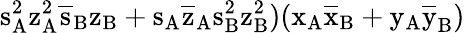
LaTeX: \mathrm{s_{A}^{2}\mathrm{z_{A}^{2}\mathrm{\overline{{s}}_{B}\mathrm{z_{B}+\mathrm{s_{A}\mathrm{\overline{{z}}_{A}\mathrm{s_{B}^{2}\mathrm{z_{B}^{2})(\mathrm{x_{A}\mathrm{\overline{{x}}_{B}+\mathrm{y_{A}\mathrm{\overline{{y}}_{B})}}}}}}}}}}}}